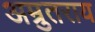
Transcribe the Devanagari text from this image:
अम्रुतराय